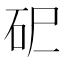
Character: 𰦪